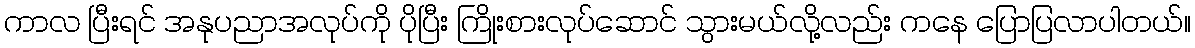
ကာလ ပြီးရင် အနုပညာအလုပ်ကို ပိုပြီး ကြိုးစားလုပ်ဆောင် သွားမယ်လို့လည်း ကနေ ပြောပြလာပါတယ်။